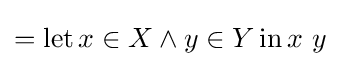
=\operatorname {let} x\in X\land y\in Y\operatorname {in} x\ y